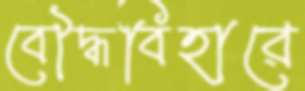
বৌদ্ধবিহারে